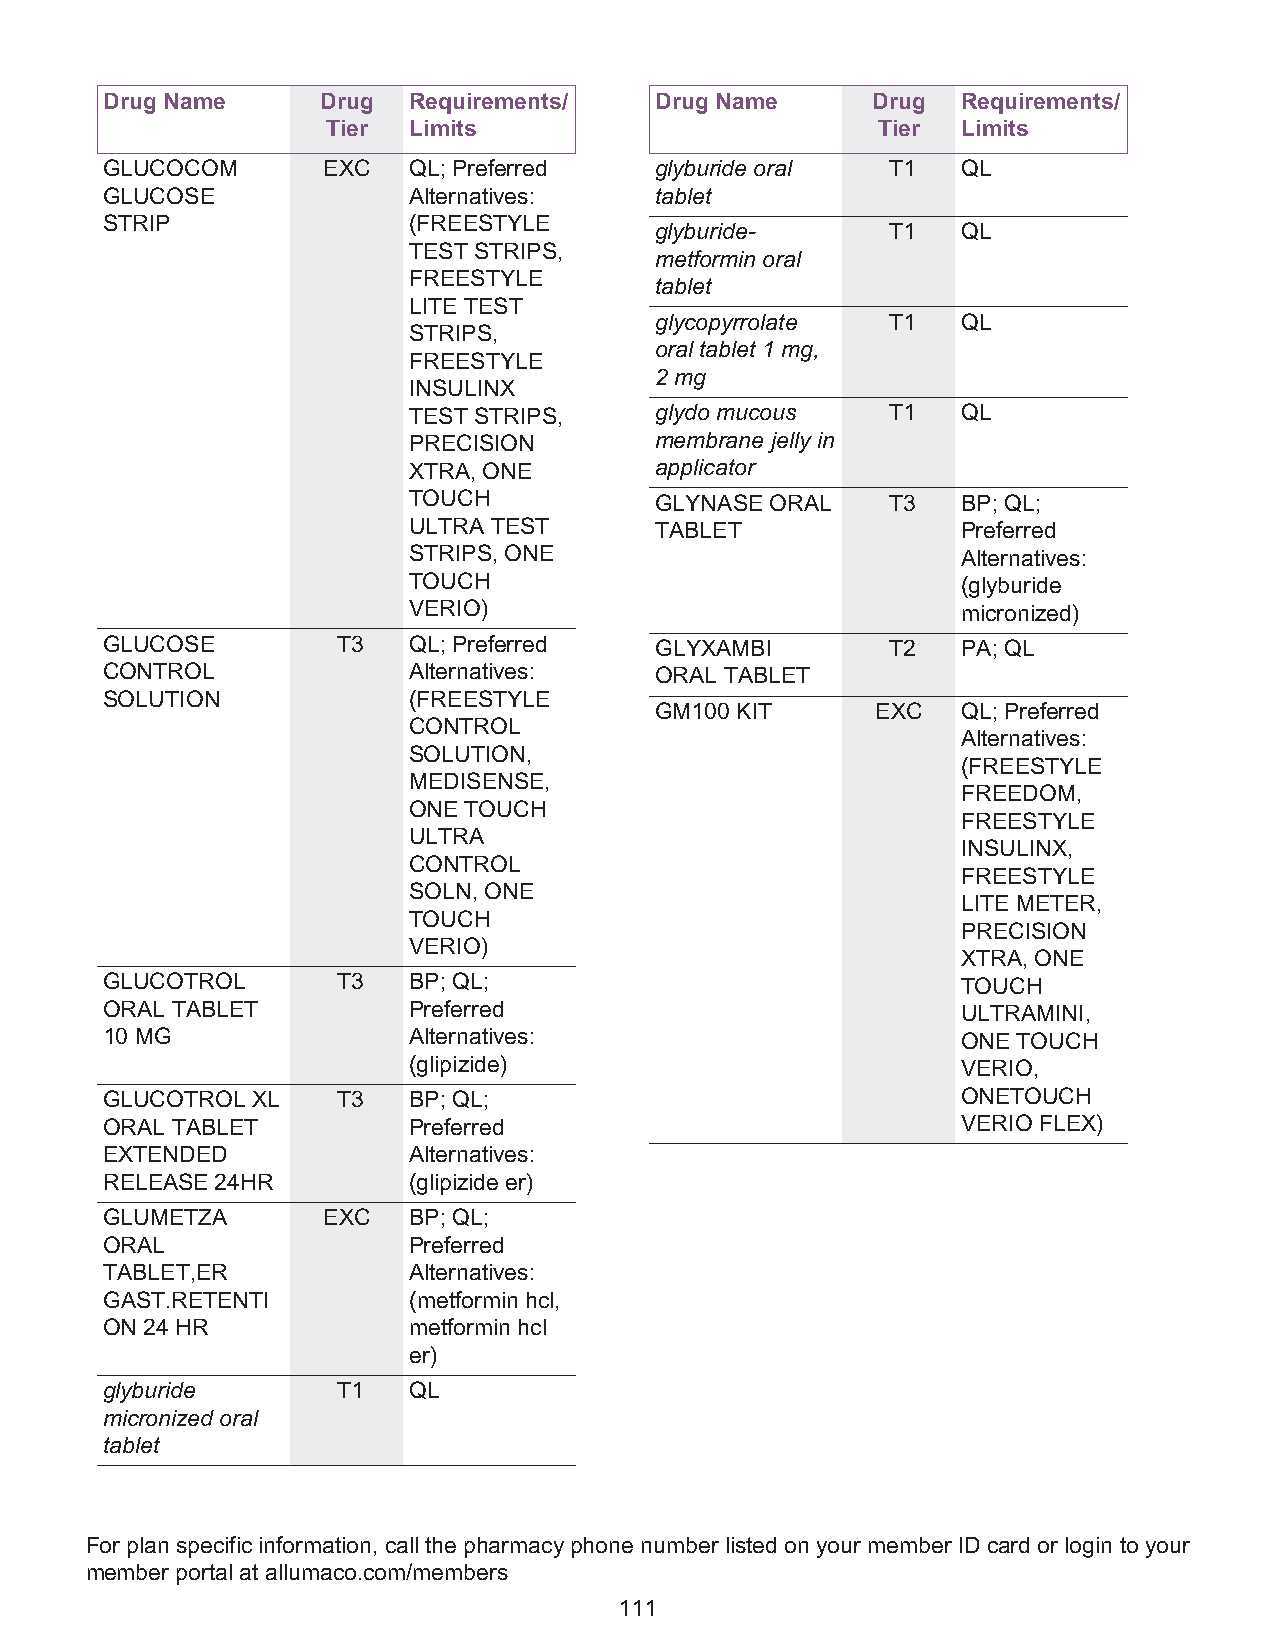
Drug Name     Drug  Requirements/   Drug Name      Drug  Requirements/
 Tier Limits                         Tier  Limits
 GLUCOCOM      EXC   QL; Preferred   glyburide oral  T1   QL
 GLUCOSE             Alternatives:   tablet
 STRIP               (FREESTYLE
 glyburide-      T1   QL
 TEST STRIPS,
 metformin oral
 FREESTYLE
 tablet
 LITE TEST
 glycopyrrolate  T1   QL
 STRIPS,
 oral tablet 1 mg,
 FREESTYLE
 2 mg
 INSULINX
 TEST STRIPS,    glydo mucous    T1   QL
 PRECISION       membrane jelly in
 XTRA, ONE       applicator
 TOUCH           GLYNASE ORAL    T3   BP; QL;
 ULTRA TEST      TABLET               Preferred
 STRIPS, ONE                          Alternatives:
 TOUCH                                (glyburide
 VERIO)                               micronized)
 GLUCOSE        T3   QL; Preferred   GLYXAMBI        T2   PA; QL
 CONTROL             Alternatives:   ORAL TABLET
 SOLUTION            (FREESTYLE
 GM100 KIT      EXC   QL; Preferred
 CONTROL
 Alternatives:
 SOLUTION,
 (FREESTYLE
 MEDISENSE,
 FREEDOM,
 ONE TOUCH
 FREESTYLE
 ULTRA
 INSULINX,
 CONTROL
 FREESTYLE
 SOLN, ONE
 LITE METER,
 TOUCH
 PRECISION
 VERIO)
 XTRA, ONE
 GLUCOTROL      T3   BP; QL;                              TOUCH
 ORAL TABLET         Preferred                            ULTRAMINI,
 10 MG               Alternatives:                        ONE TOUCH
 (glipizide)                          VERIO,
 GLUCOTROL XL   T3   BP; QL;                              ONETOUCH
 ORAL TABLET         Preferred                            VERIO FLEX)
 EXTENDED            Alternatives:
 RELEASE 24HR        (glipizide er)
 GLUMETZA      EXC   BP; QL;
 ORAL                Preferred
 TABLET,ER           Alternatives:
 GAST.RETENTI        (metformin hcl,
 ON 24 HR            metformin hcl
 er)
 glyburide      T1   QL
 micronized oral
 tablet
 For plan specific information, call the pharmacy phone number listed on your member ID card or login to your
 member portal at allumaco.com/members
 111